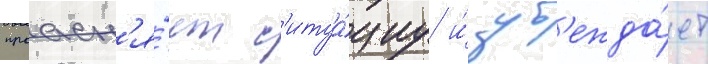
проасн'я́ет с'итуа́циу и́ уб'ежда́ет